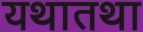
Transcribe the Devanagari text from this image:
यथातथा